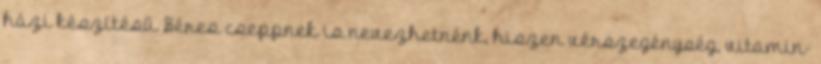
házi készítésű Béres cseppnek is nevezhetnénk, hiszen vérszegénység, vitamin-